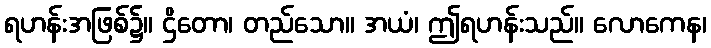
ရဟန်းအဖြစ်၌။ ဌိတော၊ တည်သော။ အယံ၊ ဤရဟန်းသည်။ လောကေန၊